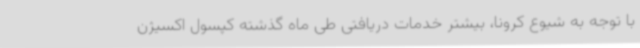
با توجه به شیوع کرونا، بیشتر خدمات دریافتی طی ماه گذشته کپسول اکسیژن